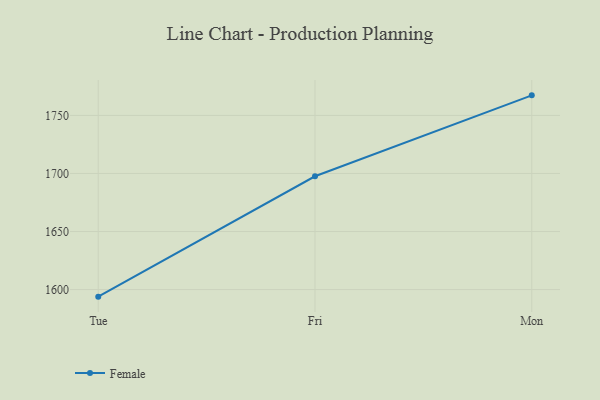
{"axis": {"x": "Day", "y": "Active Users"}, "legend": ["Female"], "data": [{"x": "Tue", "y": 1593.9, "type": "Female"}, {"x": "Fri", "y": 1697.6, "type": "Female"}, {"x": "Mon", "y": 1767.3, "type": "Female"}]}